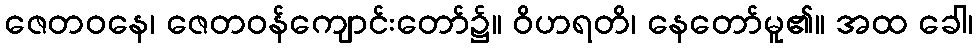
ဇေတဝနေ၊ ဇေတဝန်ကျောင်းတော်၌။ ဝိဟရတိ၊ နေတော်မူ၏။ အထ ခေါ၊